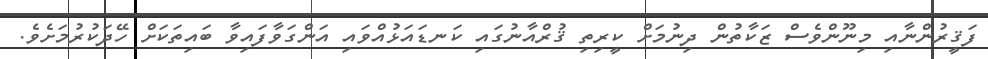
ފަޤީރުންނާއި މިނޫންވެސް ޒަކާތުން ދިނުމަށް ކީރިތި ޤުރްއާނުގައި ކަނޑައަޅުއްވައި އަންގަވާފައިވާ ބައިތަކަށް ހޭދަކުރުމަށެވެ.